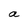
Character: a